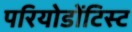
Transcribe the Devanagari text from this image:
परियोडोंटिस्ट